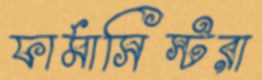
ফার্মাসিস্টরা